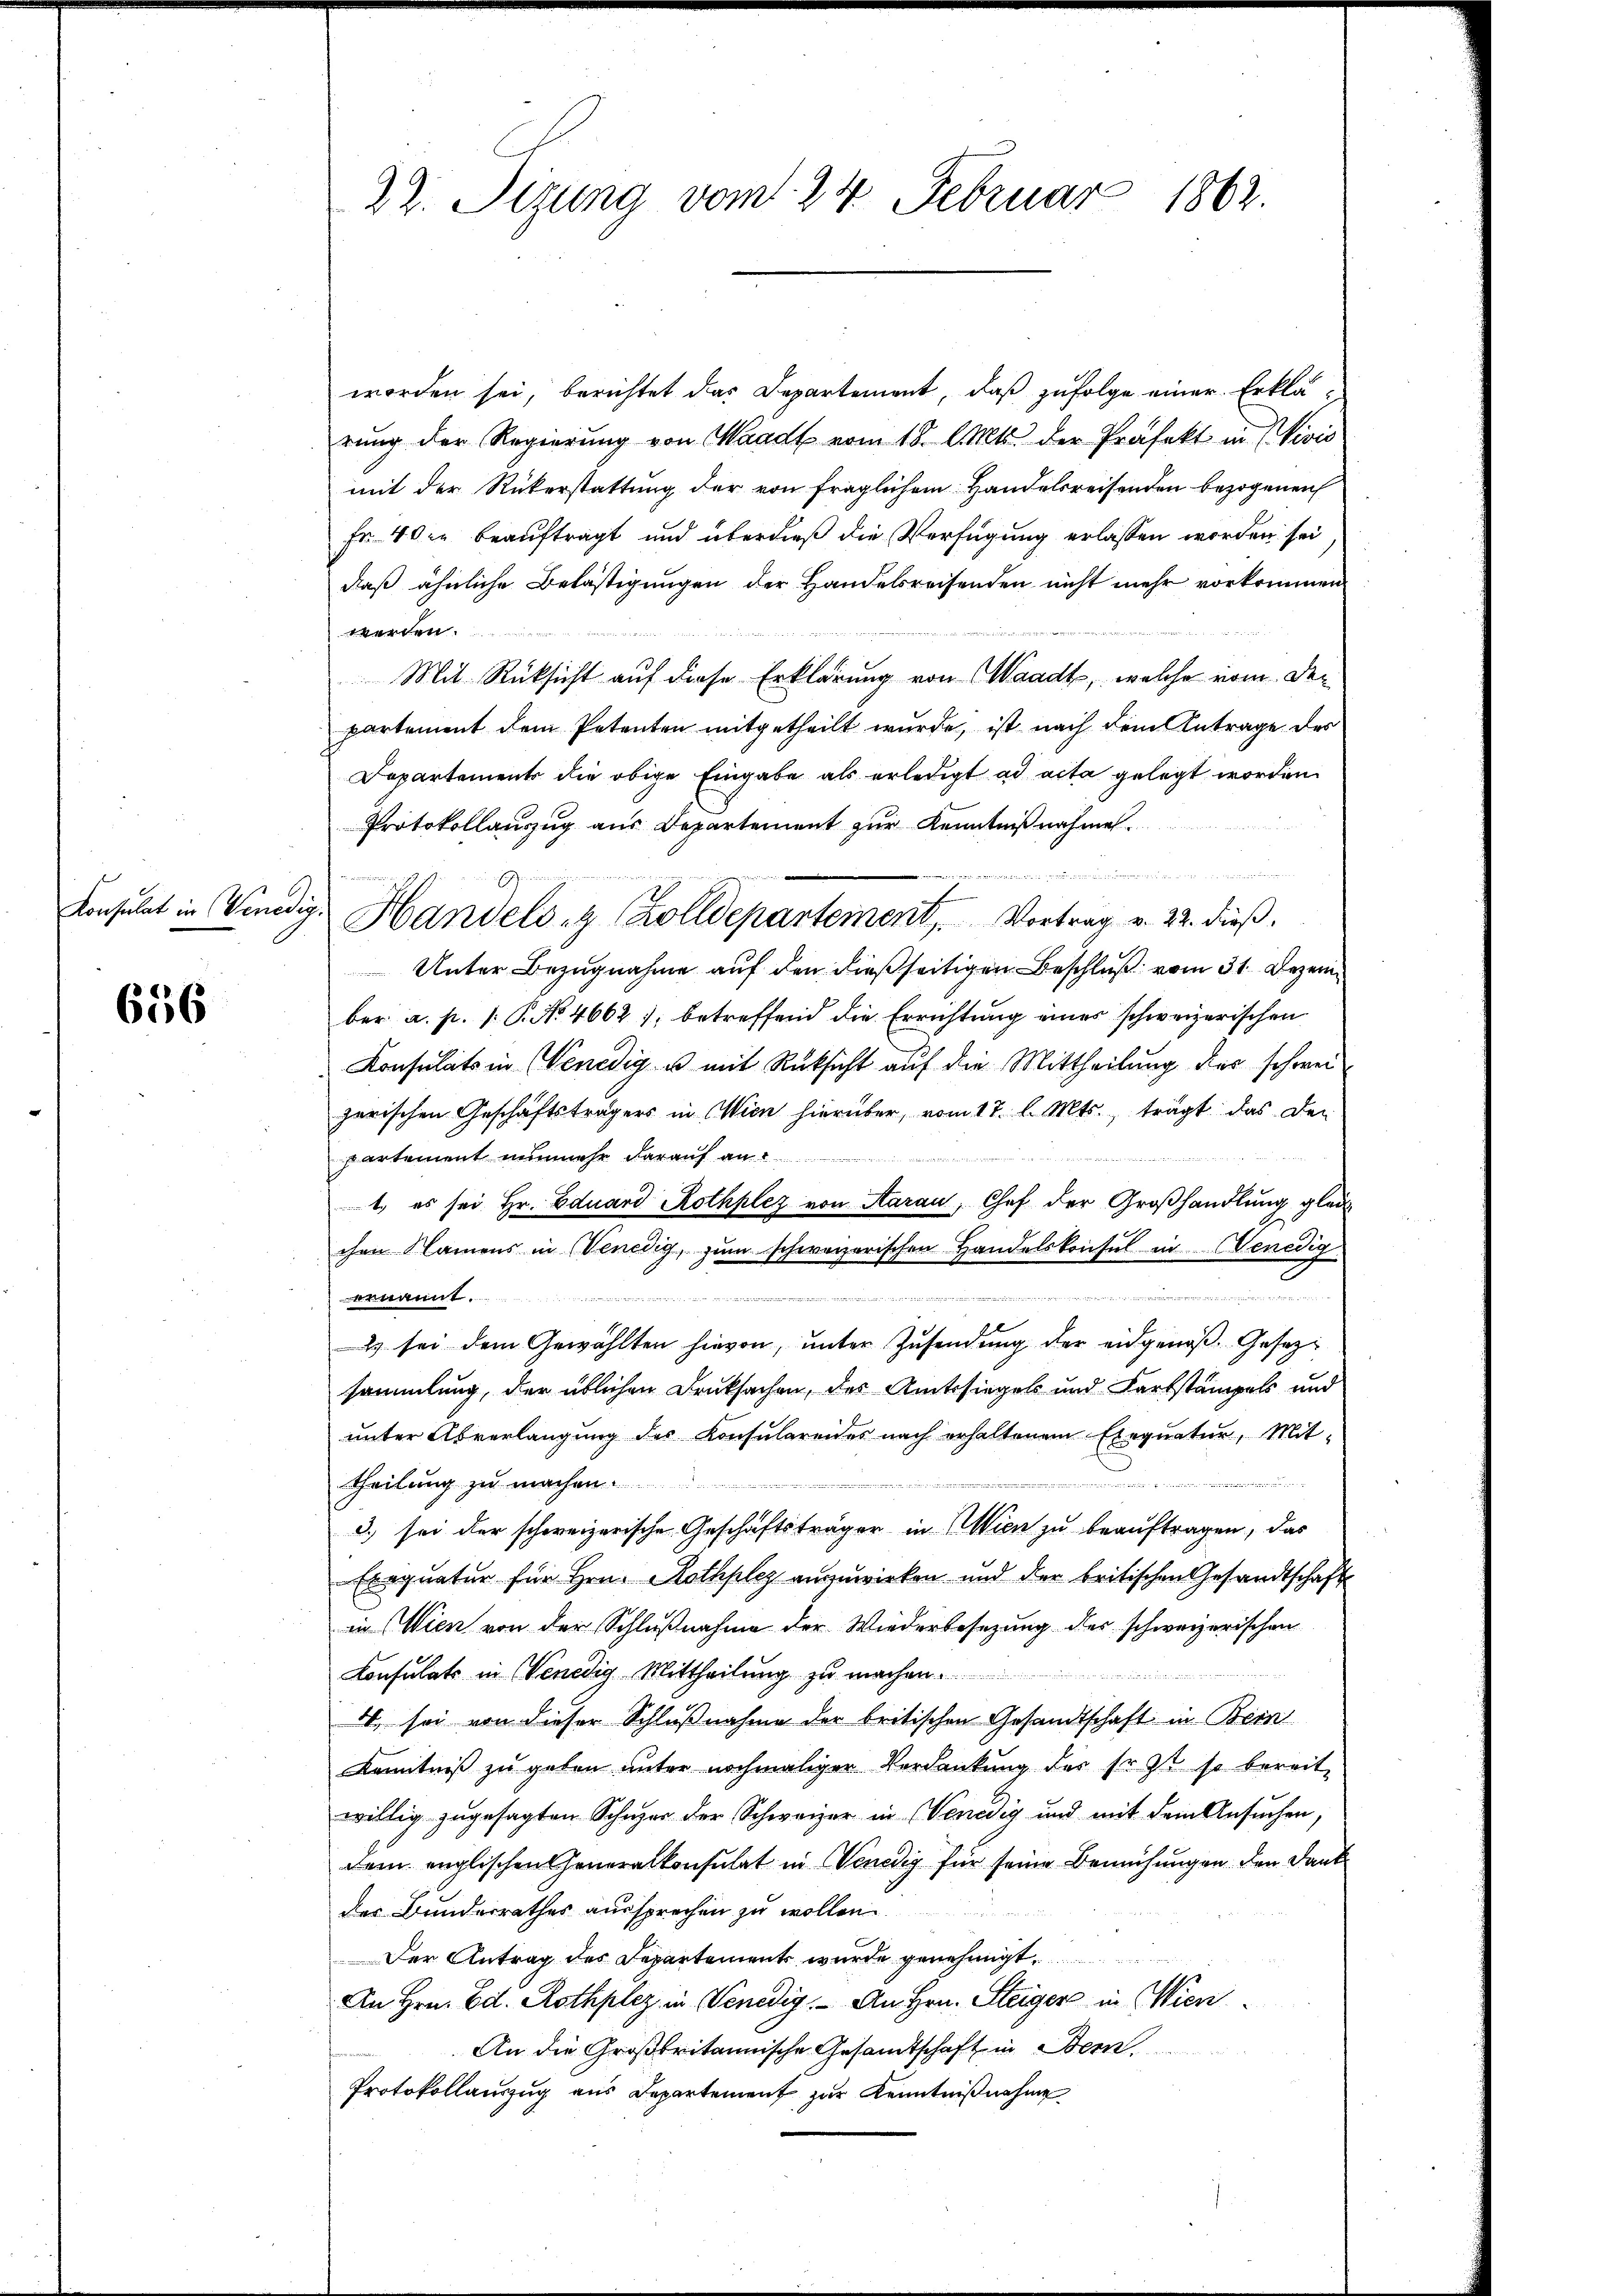
Konsulat in Venede

656

22. Sizung vom 24. Februar 1862.

worden sei, berichtet das Departement, daß zufolge einer Erklärung der Regierung von Waadt vom 18. d. Mts. der Präfekt in Vivis
mit der Rückerstattung der von fraglichem Handelsreisenden bezogenen
Fr. 4 die beauftragt und überdieß die Verfügung erlassen worden sei
daß ähnliche Belästigungen der Handelsreisenden nicht mehr vorkommen
werden.

Mit Rücksicht auf diese Erklärung von Waadt, welche nom der
partement dem Petenten mitgetheilt wurde, ist nach dem Antrage des
Departements die obige Eingabe als erledigt ad acta gelegt worden.
Protokollauszug aus Departement zur Kenntnißnahmen.
ee in des den
g. Handels- & Zolldepartement, Vortrag v. 22. dieß,
Unter Bezugnahme auf den dießseitigen Beschluß vom 31. Dezember a. p. /: P. No. 4662); betreffend die Errichtung eines schweizerischen
Konsulats in Venedig u mit Rücksicht auf die Mittheilung dies schwei
zerischen Geschäftsträgers in Wien hierüber, vom 17. l. Mts., trägt das Dei
partement nunmehr darauf an
1. es sei Hr. Eduard Rothplez von Aarau, Chef der Großhandlung glau
chen Camens in Venedig, zum schweizerischen Handelskonsul in Venedig
r
7
ernannt.
Es sei dem Gewählten hievon, unter Zusendung der eidgenoß. Gesezsammlung, der üblichen Druksachen, des Amtssiegels und Farbstampels und
unter Abverlangung des Konsulareides nach erhaltenem Exequatur, Mit-
theilung zu machen.
e
3.) sei der schweizerische Geschäftsträger in Wien zu beauftragen, das
Exequatur für Hrn. Rothplez auszuwirken und der britischen Gesandtschaft
in (Wien von der Schlußnahme der Wiederbesezung des schweizerischen
Consulats in Venedig Mittheilung zu machen.
4. sei von dieser Schlußnahme der britischen Gesandtschaft in Bern
Kenntniß zu geben unter nochmaliger Verdankung des Erst so bereit
willig zugesagten Schwer der Schweizer in Venedig und mit dem Ansuchen,
dem englischen Generalkonsulat in Venedig für seine Bemühungen den Dank
der Bunderrathes aussprechen zu wollen.
Der Antrag des Departements wurde genehmigt.
An Hrn. Ed. Rothplez in Venedig. An Hrn. Steiger in Wien
An die Großbritannische Gesamtschaft in Bern
Protokollauszug aus Departement zur Kenntnißnahme

Fr